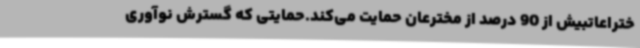
ختراعاتبیش از 90 درصد از مخترعان حمایت می‌کند.حمایتی که گسترش نوآوری